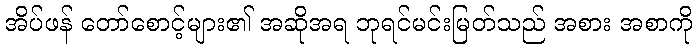
အိပ်ဖန် တော်စောင့်များ၏ အဆိုအရ ဘုရင်မင်းမြတ်သည် အစား အစာကို